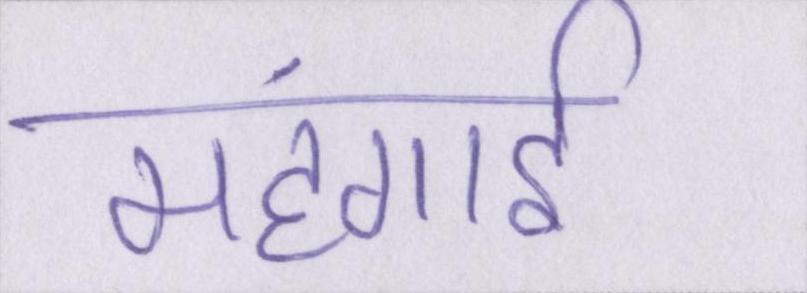
महंगार्इ